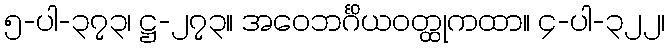
၅-ပါ-၃၇၃၊ ဋ္ဌ-၂၇၃။ အဝေဘင်္ဂိယဝတ္ထုကထာ။ ၄-ပါ-၃၂၂၊